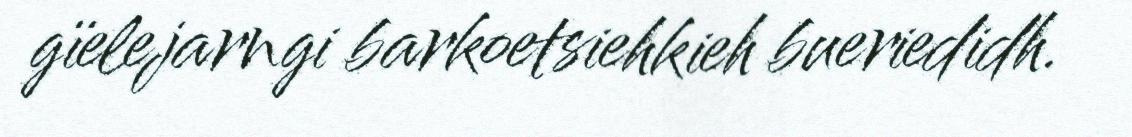
gïelejarngi barkoetsiehkieh bueriedidh.